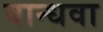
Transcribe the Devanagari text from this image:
बान्धवा